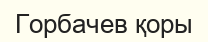
Горбачев қоры